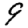
Digit: 9